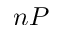
n P